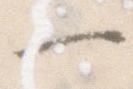
一